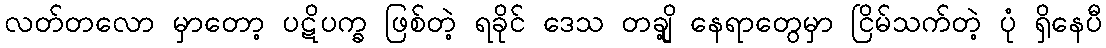
လတ်တလော မှာတော့ ပဋိပက္ခ ဖြစ်တဲ့ ရခိုင် ဒေသ တချို့ နေရာတွေမှာ ငြိမ်သက်တဲ့ ပုံ ရှိနေပီ